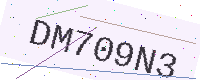
Text: DM709N3